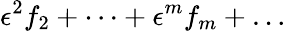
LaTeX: \epsilon^{2}f_{2}+\dots+\epsilon^{m}f_{m}+\dots